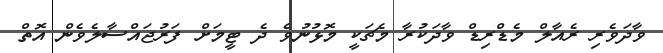
ވާދަވެރި ރެއާލް މެޑްރިޑް ވާދަކުރާ މެޗަކީ މޮޅުނުވެ ދެ ޓީމަށް ފަރުޖައްސާލެވެން އޮތް